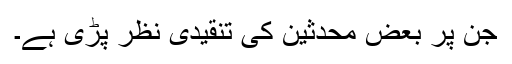
جن پر بعض محدثین کی تنقیدی نظر پڑی ہے۔